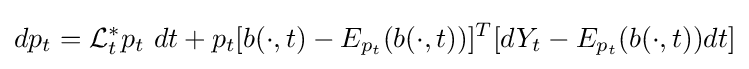
dp_{t}={\cal {L}}_{t}^{*}p_{t}\ dt+p_{t}[b(\cdot ,t)-E_{p_{t}}(b(\cdot ,t))]^{T}[dY_{t}-E_{p_{t}}(b(\cdot ,t))dt]